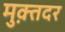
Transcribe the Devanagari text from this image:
मुक़्तदर